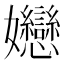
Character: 㜻